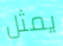
يمثل